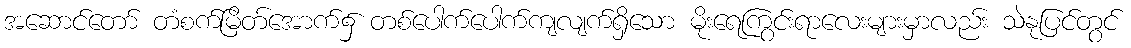
အဆောင်တော် တံစက်မြိတ်အောက်၌ တစ်ပေါက်ပေါက်ကျလျက်ရှိသော မိုးရေကြွင်းရာလေးများမှာလည်း သဲနုပြင်တွင်